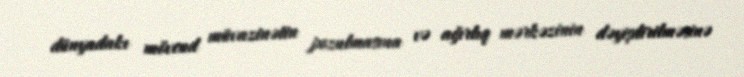
dünyadakı mövcud müvazinətin pozulmasına və ağırlıq mərkəzinin dəyişdirilməsinə